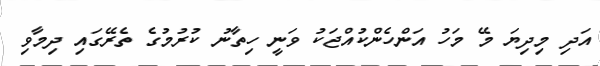
އަދި މިދިޔަ މޭ މަހު އަންހެންކުއްޖަކު ވަނީ ހިތާނު ކުރުމުގެ ތެރޭގައި ދިމާވި